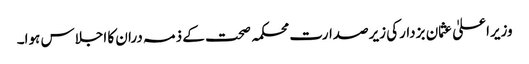
وزیراعلیٰ عثمان بزدارکی زیرصدارت محکمہ صحت کے ذمہ دران کا اجلاس ہوا۔